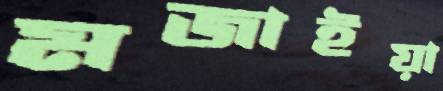
মজাইয়া